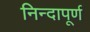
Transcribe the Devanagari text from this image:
निन्दापूर्ण